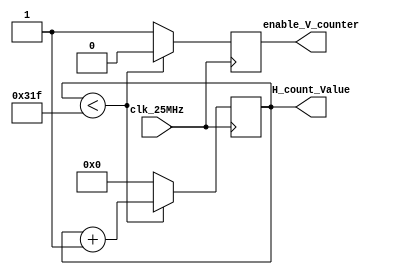
`timescale 1ns / 1ps
//////////////////////////////////////////////////////////////////////////////////
// Company: 
// Engineer: 
// 
// Design Name: 
// Module Name:    horizontal_counter 
// Project Name: 
// Target Devices: 
// Tool versions: 
// Description: 
//
// Dependencies: 
//
// Revision: 
// Revision 0.01 - File Created
// Additional Comments: 
//
//////////////////////////////////////////////////////////////////////////////////
module horizontal_counter(

		input clk_25MHz,
		
		output reg enable_V_counter=0,
		output reg [15:0] H_count_Value = 0
    );

	//h-sync counter
 	always @(posedge clk_25MHz)
	begin
		
		if(H_count_Value <799)
		begin
			H_count_Value <= H_count_Value+1;
			enable_V_counter <= 0;
		end
		else
		begin
			H_count_Value <= 0;
			enable_V_counter <= 1;
		end
	end

endmodule